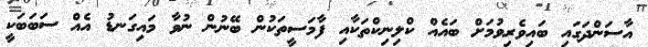
އާސަންދަގައި ބައިވެރިވުމަށް ބައެއް ކްލިނިކްތަކާއި ފާމަސީތަކުން ބޭނުން ނުވާ މައިގަނޑު އެއް ސަބަބަކީ